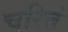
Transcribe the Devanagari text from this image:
चरितं